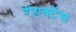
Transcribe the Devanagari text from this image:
रीएक्टेंस